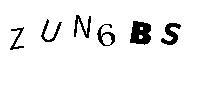
ZUN6BS